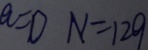
a = 0 N = 1 2 9